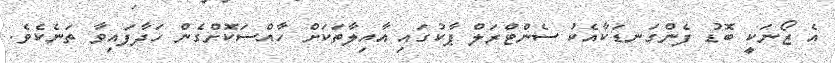
އެ ޒޯނަކީ ބޮޑު ފެންގަނޑަކާއެކު ސެންޓްރަލް ޕާކުގައި އާއިލާތަކަށް ހާއްސަކޮށްގެން ހަދާފައިވާ ތަނެކެވެ.